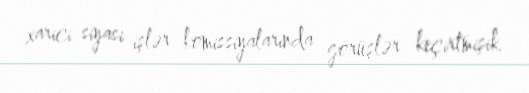
xarici siyasi işlər komissiyalarında görüşlər keçirtmişik.